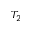
T _ { 2 }